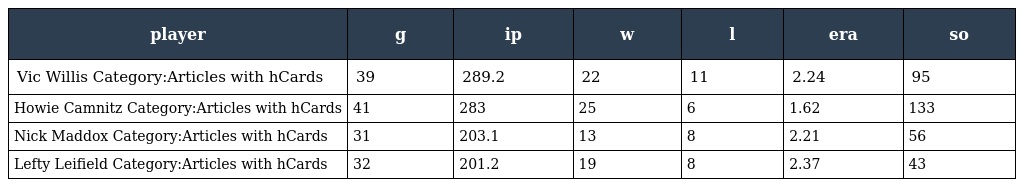
| player | g | ip | w | l | era | so |
 | --- | --- | --- | --- | --- | --- | --- |
 | Vic Willis Category:Articles with hCards | 39 | 289.2 | 22 | 11 | 2.24 | 95 |
 | Howie Camnitz Category:Articles with hCards | 41 | 283 | 25 | 6 | 1.62 | 133 |
 | Nick Maddox Category:Articles with hCards | 31 | 203.1 | 13 | 8 | 2.21 | 56 |
 | Lefty Leifield Category:Articles with hCards | 32 | 201.2 | 19 | 8 | 2.37 | 43 |